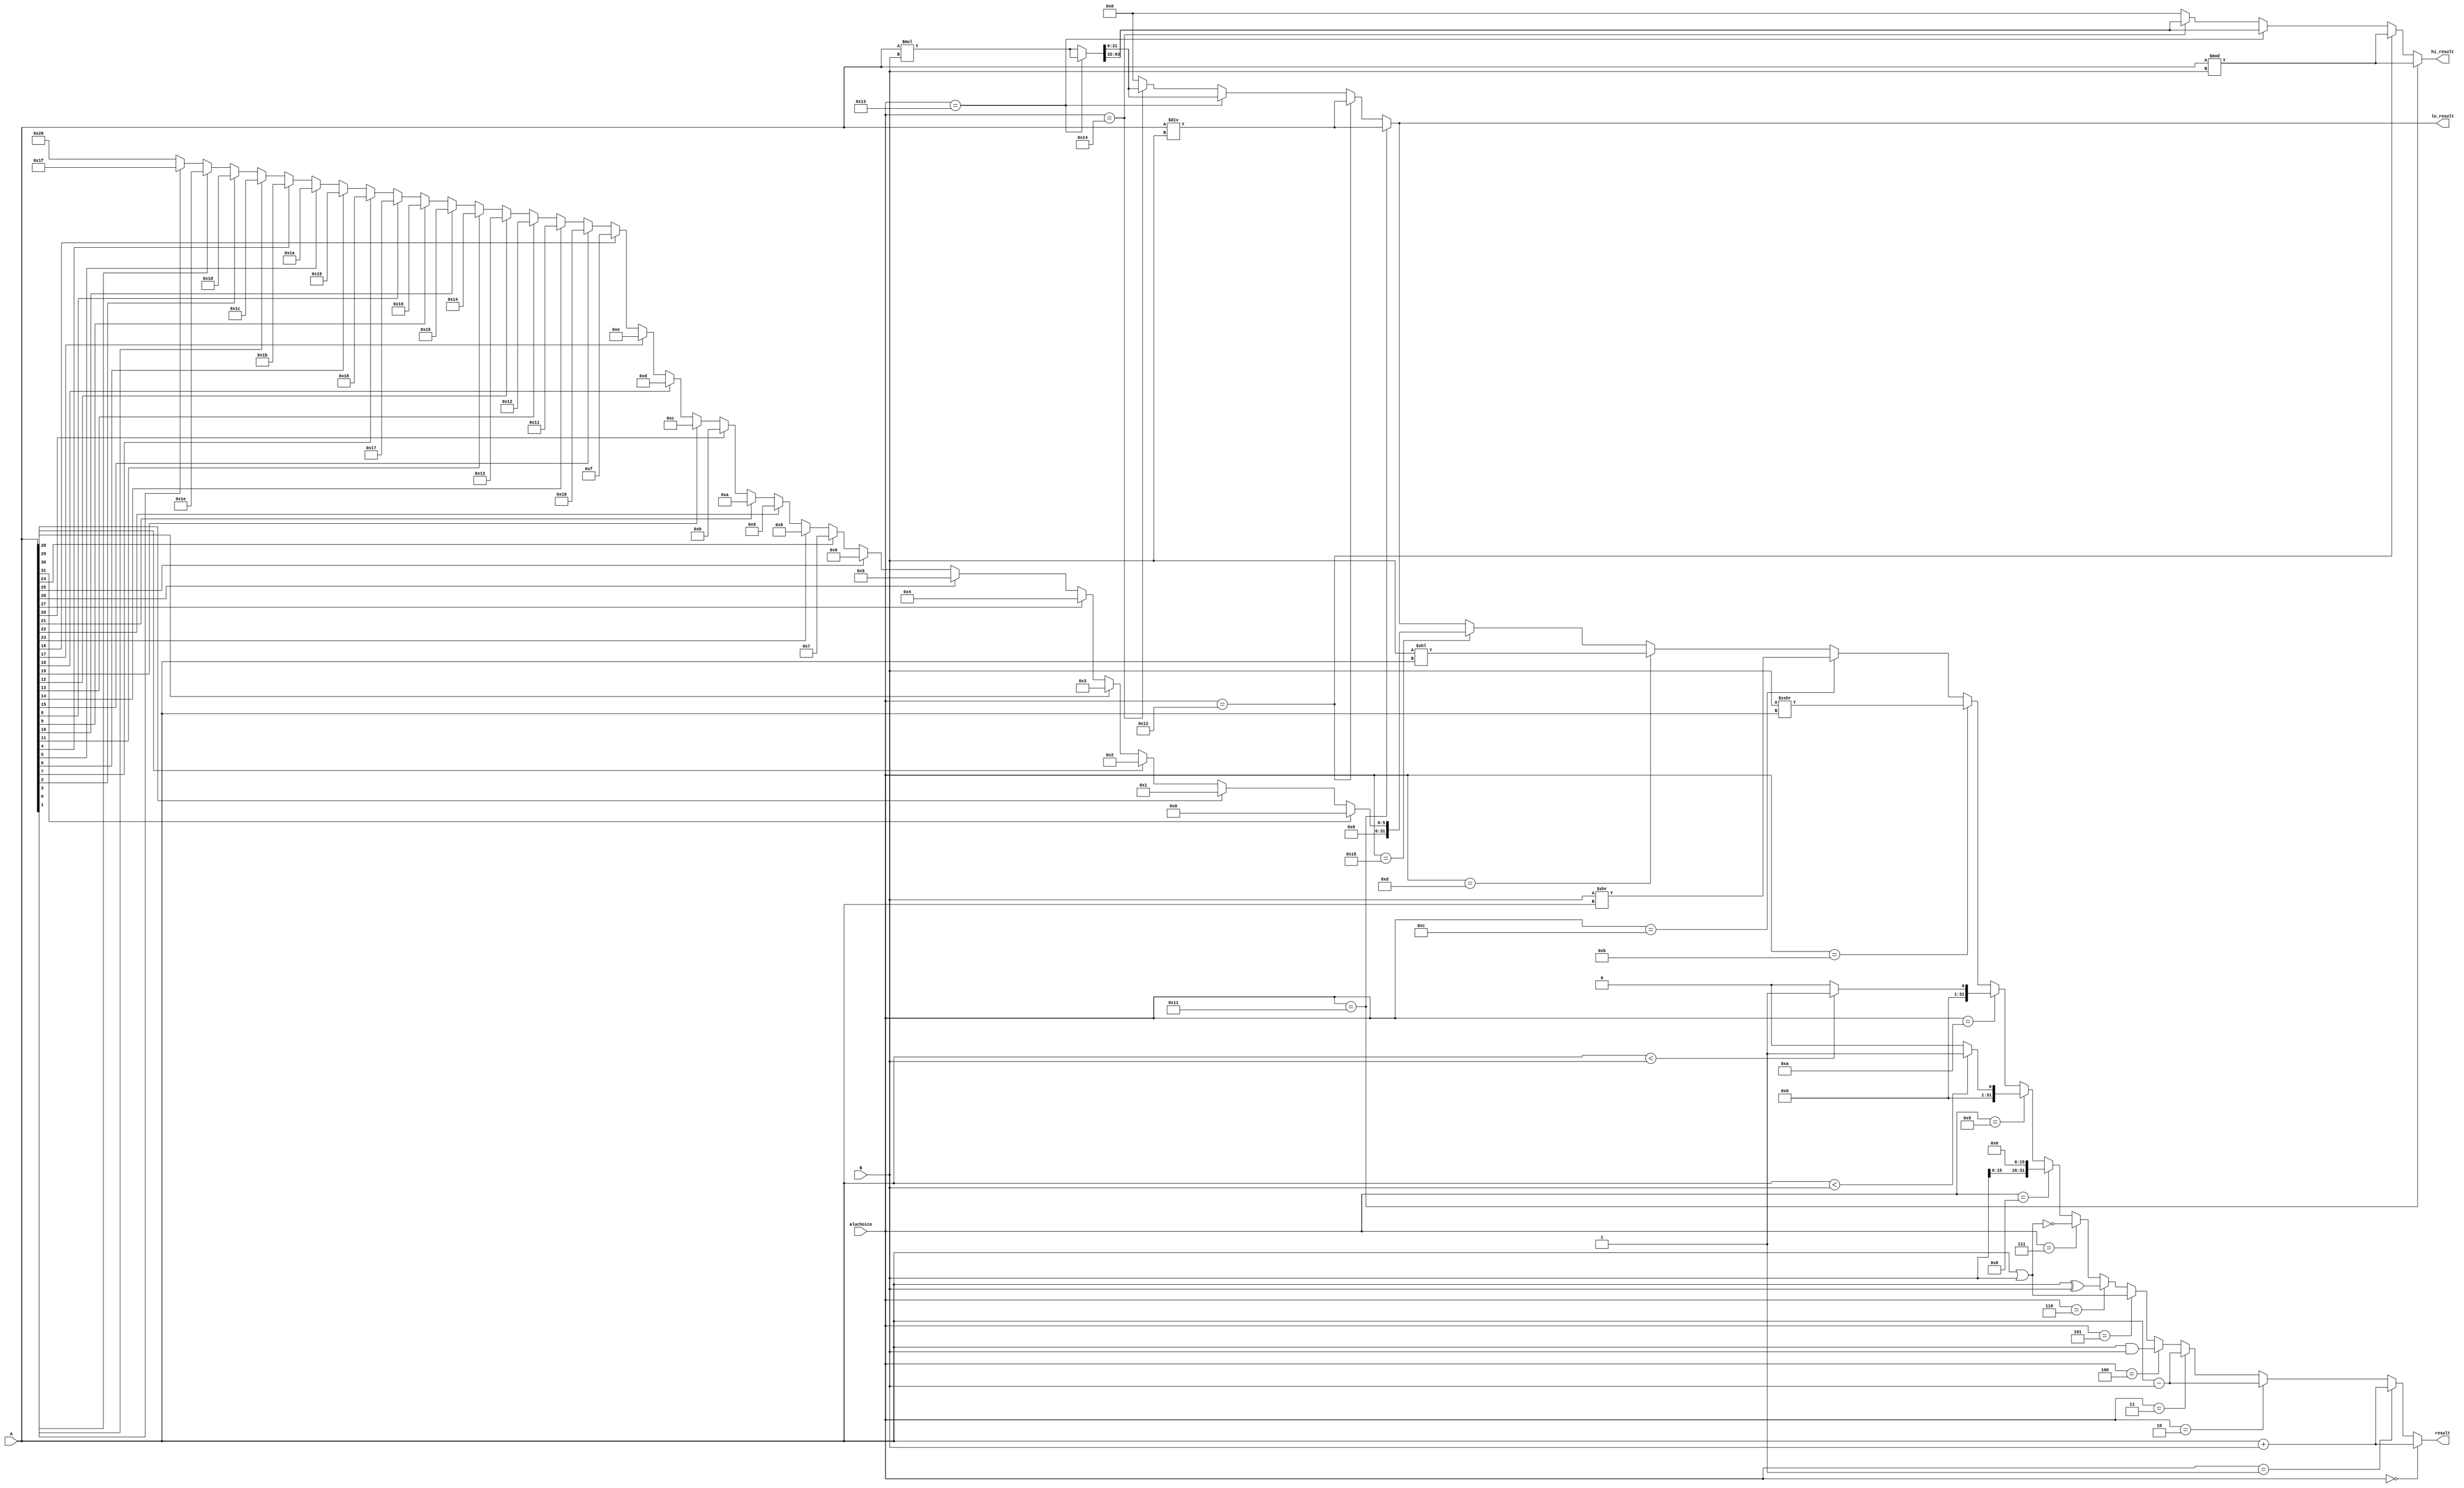
`timescale 1ns / 1ps
module alu(
    input [31:0] A,
    input [31:0] B,
    input [4:0] aluchoice,
    output [31:0] result,
    output [31:0] hi_result,
    output [31:0] lo_result
    );
    wire [63:0] tomux;
    wire [31:0] clz;

    assign tomux =  (aluchoice==5'b10011) ? $signed(A) * $signed(B):
                    (aluchoice==5'b10100) ? A * B: 0;

    assign clz= A[31]?0:A[30]?1:A[29]?2:A[28]?3:
                A[27]?4:A[26]?5:A[25]?6:A[24]?7:
                A[23]?8:A[22]?9:A[21]?10:A[20]?11:
                A[19]?12:A[18]?13:A[17]?14:A[16]?15:
                A[15]?16:A[14]?17:A[13]?18:A[12]?19:
                A[11]?20:A[10]?21:A[9]?22:A[8]?23:
                A[7]?24:A[6]?25:A[5]?26:A[4]?27:
                A[3]?28:A[2]?29:A[1]?30:A[0]?31:32;

    assign result = (aluchoice==5'b00000) ? A + B://ADDU
                    (aluchoice==5'b00001) ? $signed(A) + $signed(B)://ADD
                    (aluchoice==5'b00010) ? A - B://SUBU
                    (aluchoice==5'b00011) ? $signed(A) - $signed(B)://SUB
                    (aluchoice==5'b00100) ? A & B://AND
                    (aluchoice==5'b00101) ? A | B://OR
                    (aluchoice==5'b00110) ? A ^ B://XOR
                    (aluchoice==5'b00111) ? ~(A|B)://NOR
                    (aluchoice==5'b01000) ? {B[15:0], 16'b0}://LUI
                    (aluchoice==5'b01001) ? ((A < B) ? 1 : 0)://SLTU
                    (aluchoice==5'b01010) ? (($signed(A)<$signed(B)) ? 1 : 0)://SLT
                    (aluchoice==5'b01011) ? $signed(B) >>> A://SRA
                    (aluchoice==5'b01100) ? B >> A://SRL
                    (aluchoice==5'b01101) ? B << A://SLL SLR
                    (aluchoice==5'b10101) ? clz:
                    (aluchoice==5'b10001) ? $signed(A) / $signed(B)://DIV
                    (aluchoice==5'b10010) ? A / B://DIVU
                    (aluchoice==5'b10011) ? tomux[31:0]://MUL
                    (aluchoice==5'b10100) ? tomux[31:0]: 0;//MULTU
    
    assign hi_result =  (aluchoice==5'b10001) ? $signed(A) % $signed(B)://DIV
                        (aluchoice==5'b10010) ? A % B://DIVU
                        (aluchoice==5'b10011) ? tomux[63:32]://MUL
                        (aluchoice==5'b10100) ? tomux[63:32]: 0;//MULTU
    
    assign lo_result =  (aluchoice==5'b10001) ? $signed(A) / $signed(B)://DIV
                        (aluchoice==5'b10010) ? A / B://DIVU
                        (aluchoice==5'b10011) ? tomux[31:0]://MUL
                        (aluchoice==5'b10100) ? tomux[31:0]: 0;//MULTU
endmodule